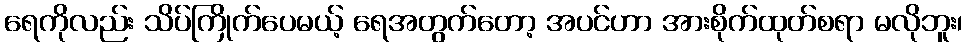
ရေကိုလည်း သိပ်ကြိုက်ပေမယ့် ရေအတွက်တော့ အပင်ဟာ အားစိုက်ထုတ်စရာ မလိုဘူး၊